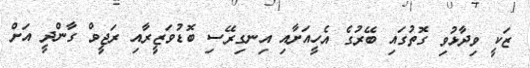
ޒަކީ ވިދާޅުވި ގޮތުގައި ބޭރުގެ އެހީއަށާއި އިނގިރޭސި ބޮޑުވަޒީރާއި ރަޖީވް ގާންދީ އަށް